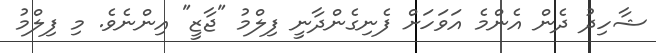
ޝާހިދު ދެން އެންމެ އަވަހަށް ފެނިގެންދާނީ ފިލްމު "ޖާޒީ" އިންނެވެ. މި ފިލްމު